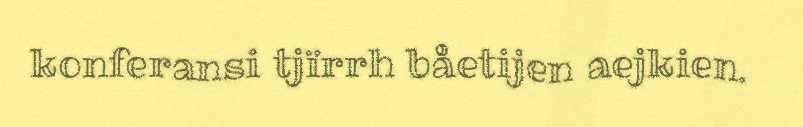
konferansi tjïrrh båetijen aejkien.